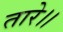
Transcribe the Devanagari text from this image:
तारे।।